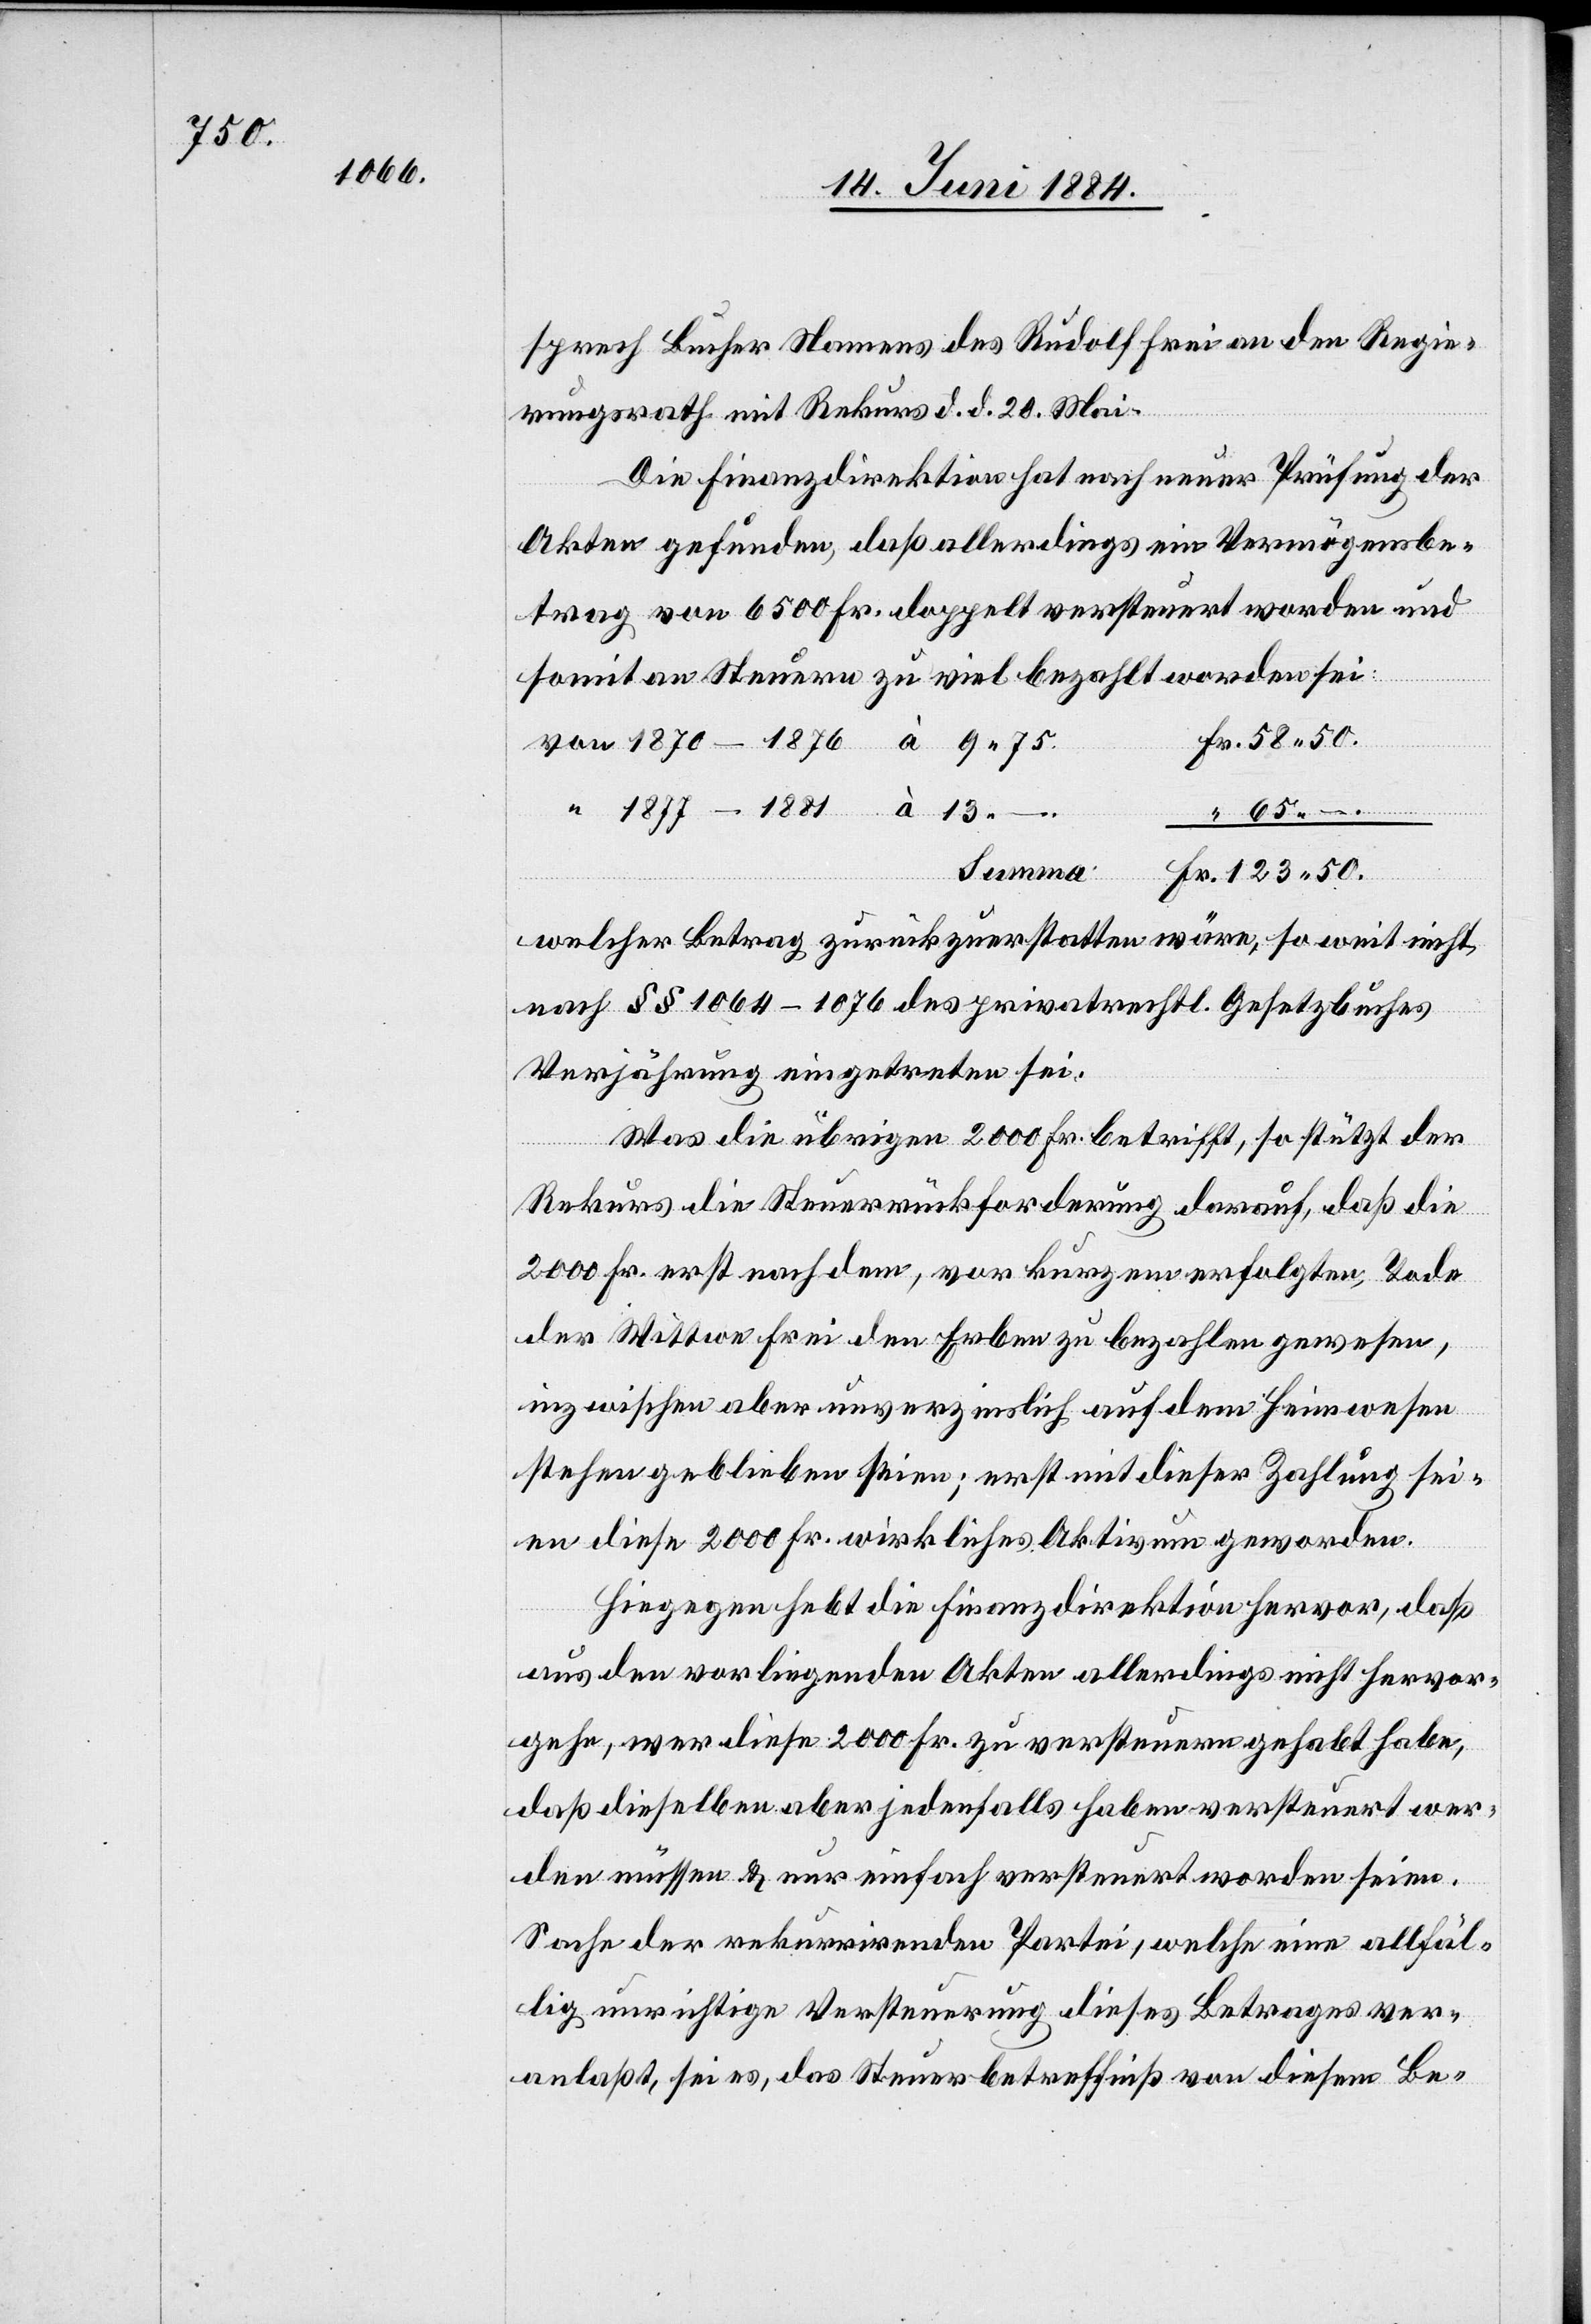
50.

sprech Bucher Namens des Rudolf Frei an den Regie¬
rungsrath mit Rekurs d. d. 20. Mai.
Die Finanzdirektion hat nach neuer Prüfung der
Akten gefunden, daß allerdings ein Vermögensbe¬
trag von 6500 Fr. doppelt versteuert worden und
somit an Steuern zu viel bezahlt worden sei:
Summa
–.
Fr.
welcher Betrag zurückzuerstatten wäre, so weit nicht
nach §§ 1064–1076 des privatrechtl. Gesetzbuches
Verjährung eingetreten sei.
Was die übrigen 2000 Fr. betrifft, so stützt der
Rekurs die Steuerrückforderung darauf, daß die
2000 Fr. erst nach dem, vor kurzem erfolgten, Tode
der Wittwe Frei den Erben zu bezahlen gewesen,
inzwischen aber unverzinslich auf dem Heimwesen
stehen geblieben seien; erst mit dieser Zahlung sei¬
en diese 2000 Fr. wirkliches Aktivum geworden.
Hiegegen hebt die Finanzdirektion hervor, daß
aus den vorliegenden Akten allerdings nicht hervor¬
gehe, wer diese 2000 Fr. zu versteuern gehabt habe,
daß dieselben aber jedenfalls haben versteuert wer¬
den müssen & nur einfach versteuert worden seien.
Sache der rekurrirenden Partei, welche eine allfäl¬
lig unrichtigen Versteuerung dieses Betrages ver¬
anlaßt, sei es, das Steuerbetreffniß von diesem Be-